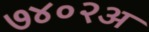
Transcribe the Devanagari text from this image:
७४०२अ